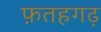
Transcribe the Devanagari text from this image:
फ़तहगढ़